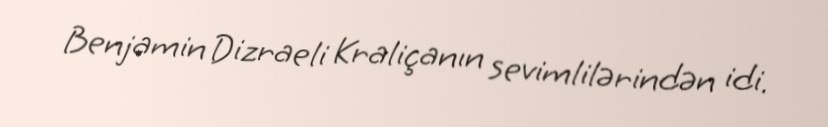
Benjamin Dizraeli Kraliçanın sevimlilərindən idi.